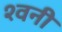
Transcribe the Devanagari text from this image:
श्वनी